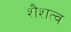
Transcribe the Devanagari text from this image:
शैशत्व